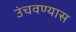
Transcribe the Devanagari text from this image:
उंचवण्यास